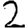
Digit: 2